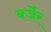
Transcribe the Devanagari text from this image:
बर्जेर